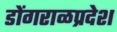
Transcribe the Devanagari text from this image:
डोंगराळप्रदेश